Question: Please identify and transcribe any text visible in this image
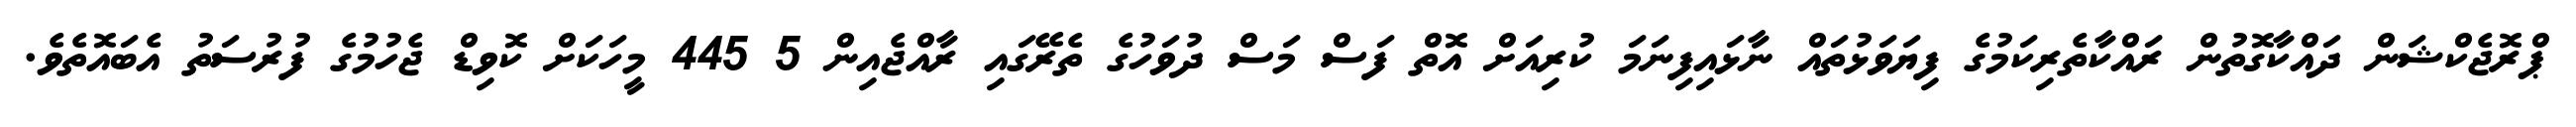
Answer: ޕްރޮޖެކްޝަން ދައްކާގޮތުން ރައްކާތެރިކަމުގެ ފިޔަވަޅުތައް ނާޅައިފިނަމަ ކުރިއަށް އޮތް ފަސް މަސް ދުވަހުގެ ތެރޭގައި ރާއްޖެއިން 5 445 މީހަކަށް ކޮވިޑް ޖެހުމުގެ ފުރުސަތު އެބައޮތެވެ.